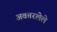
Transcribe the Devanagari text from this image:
अवतरलेले